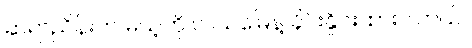
ဆရာညိန်းက မယ့်ကို လယ်မြေနဲ့ ခိုင်းနှိုင်းထားပါတယ်။